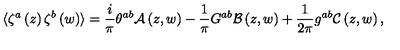
\langle \zeta ^ { a } \left( z \right) \zeta ^ { b } \left( w \right) \rangle = \frac { i } { \pi } \theta ^ { a b } \mathcal { A } \left( z , w \right) - \frac { 1 } { \pi } G ^ { a b } \mathcal { B } \left( z , w \right) + \frac { 1 } { 2 \pi } g ^ { a b } \mathcal { C } \left( z , w \right) ,